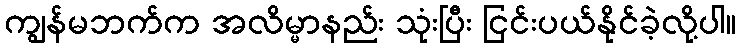
ကျွန်မဘက်က အလိမ္မာနည်း သုံးပြီး ငြင်းပယ်နိုင်ခဲ့လို့ပါ။